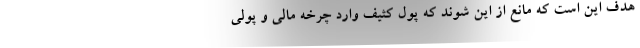
هدف این است که مانع از این شوند که پول کثیف وارد چرخه مالی و پولی